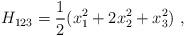
LaTeX: \begin{align*}H_{123}=\frac{1}{2}(x^2_1+2 x^2_2 + x^2_3)~,\end{align*}